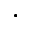
\cdot